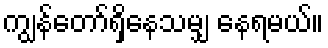
ကျွန်တော်ရှိနေသမျှ နေရမယ်။